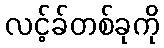
လင့်ခ်တစ်ခုကို